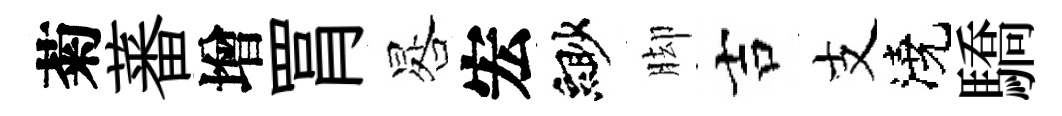
菊蕃增罥晷宏緲脚吉支澆驕